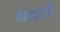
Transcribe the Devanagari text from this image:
भीष्माष्टमी